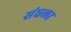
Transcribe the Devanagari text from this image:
संघला